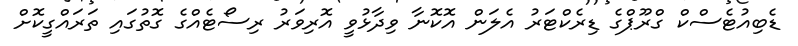
ޑެބިއުޓެސްކް ގްރޫޕްގެ ޑިރެކްޓަރު އެލަން އޮކޮނާ ވިދާޅުވީ އޮރިވަރު ރިސޯޓެއްގެ ގޮތުގައި ތަރައްގީކޮށް